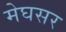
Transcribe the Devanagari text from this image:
मेघसर